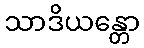
သာဒိယန္တော